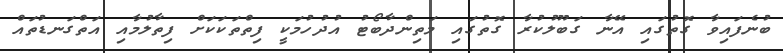
ބުނެފައިވާ ގޮތުގައި އޭނާ ގަބޫލުކުރާ ގޮތުގައި މަތިންދާބޯޓު އުދުހުމަކީ ފިތްތަކަކަށް ފިތާލުމާއި އަތްގަނޑުތައް